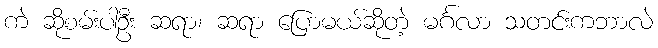
ကဲ ဆိုစမ်းပါဦး ဆရာ၊ ဆရာ ပြောမယ်ဆိုတဲ့ မင်္ဂလာ သတင်းကဘာလဲ